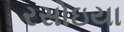
રસોઇયા